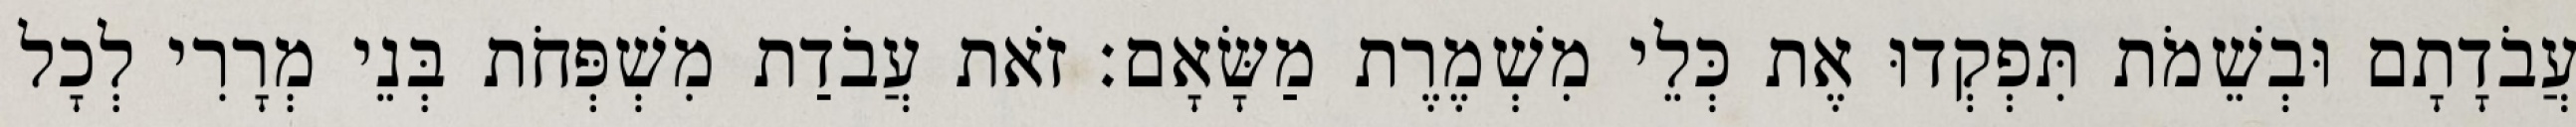
עֲבֹדָתָם וּבְשֵׁמֹת תִּפְקְדוּ אֶת כְּלֵי מִשְׁמֶרֶת מַשָּׂאָם׃ זֹאת עֲבֹדַת מִשְׁפְּחֹת בְּנֵי מְרָרִי לְכָל